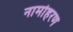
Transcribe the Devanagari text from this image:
नामोहरण